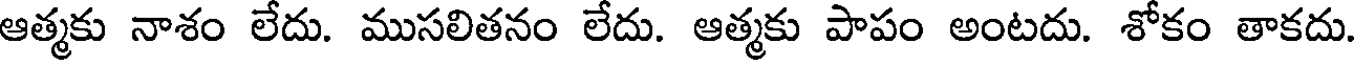
ఆత్మకు నాశం లేదు. ముసలితనం లేదు. ఆత్మకు పాపం అంటదు. శోకం తాకదు.